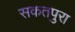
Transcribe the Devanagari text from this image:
सकतपुरा